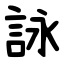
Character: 詠